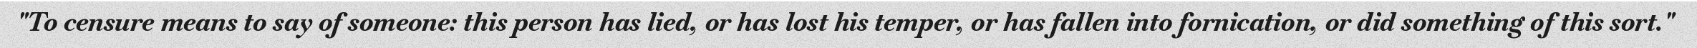
"To censure means to say of someone: this person has lied, or has lost his temper, or has fallen into fornication, or did something of this sort."